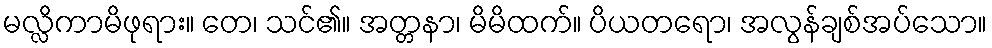
မလ္လိကာမိဖုရား။ တေ၊ သင်၏။ အတ္တနာ၊ မိမိထက်။ ပိယတရော၊ အလွန်ချစ်အပ်သော။